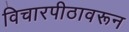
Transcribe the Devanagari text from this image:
विचारपीठावरून